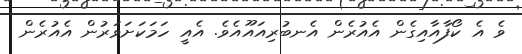
ވެ އެ ކޯފާއާއިގެން އެއުރެން އެނބުރިއައޫއެވެ. އެއީ ހަމަކަށަވަރުން އެއުރެން